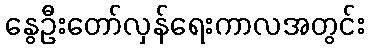
နွေဦးတော်လှန်ရေးကာလအတွင်း